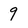
Character: 9